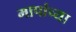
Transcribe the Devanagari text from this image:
मापांच्या